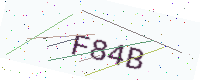
Text: F84B